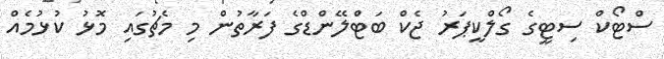
ސްޓޯކް ސިޓީގެ ގޯލްކީޕަރު ޖެކް ބަޓްލޭންޑްގެ ފަރާތުން މި މެޗުގައި މޮޅު ކުޅުމެއް